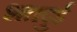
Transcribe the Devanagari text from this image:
शतदुई